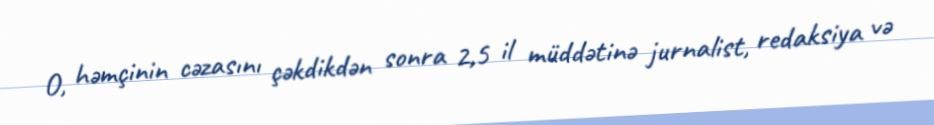
O, həmçinin cəzasını çəkdikdən sonra 2,5 il müddətinə jurnalist, redaksiya və